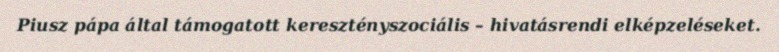
Piusz pápa által támogatott keresztényszociális – hivatásrendi elképzeléseket.